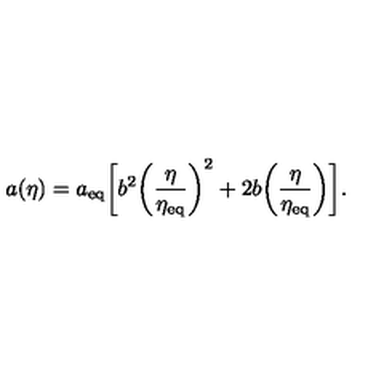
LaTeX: a ( \eta ) = a _ { \mathrm { e q } } \biggl [ b ^ { 2 } \biggl ( \frac { \eta } { \eta _ { \mathrm { e q } } } \biggr ) ^ { 2 } + 2 b \biggl ( \frac { \eta } { \eta _ { \mathrm { e q } } } \biggr ) \biggr ] .